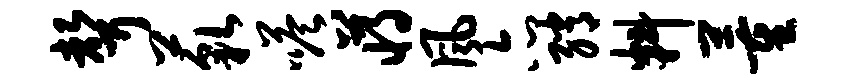
声藐嗒蒋风亦绡料董